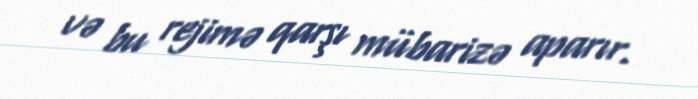
və bu rejimə qarşı mübarizə aparır.